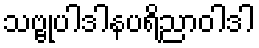
သဗ္ဗုပါဒါနပရိညာဝါဒါ